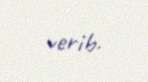
verib.